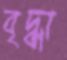
বৃদ্ধা